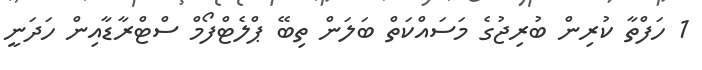
1 ހަފްތާ ކުރިން ބުރިޖުގެ މަސައްކަތް ބަލަން ތިބޭ ޕްލެޓްފޯމް ސްޓްރާޑާއިން ހަދަނީ